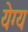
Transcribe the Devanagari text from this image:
येग्य